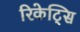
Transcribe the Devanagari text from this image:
रिकेट्सि